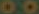
00